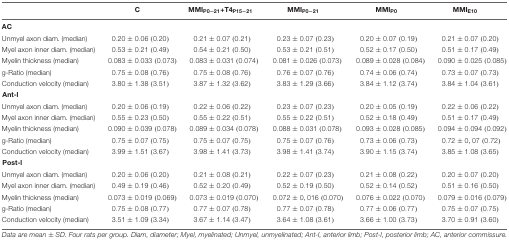
<table><thead><tr><td></td><td><b>C</b></td><td><b>MMI<sub>P0-21</sub>+T4<sub>P15-21</sub></b></td><td><b>MMI<sub>P0-21</sub></b></td><td><b>MMI<sub>P0</sub></b></td><td><b>MMI<sub>E10</sub></b></td></tr></thead><tbody><tr><td><b>AC</b></td><td></td><td></td><td></td><td></td><td></td></tr><tr><td>Unmyel axon diam. (median)</td><td>0.20 ± 0.06 (0.20)</td><td>0.21 ± 0.07 (0.21)</td><td>0.23 ± 0.07 (0.23)</td><td>0.20 ± 0.07 (0.19)</td><td>0.21 ± 0.07 (0.20)</td></tr><tr><td>Myel axon inner diam. (median)</td><td>0.53 ± 0.21 (0.49)</td><td>0.54 ± 0.21 (0.50)</td><td>0.53 ± 0.21 (0.51)</td><td>0.52 ± 0.17 (0.50)</td><td>0.51 ± 0.17 (0.49)</td></tr><tr><td>Myelin thickness (median)</td><td>0.083 ± 0.033 (0.073)</td><td>0.083 ± 0.031 (0.074)</td><td>0.081 ± 0.026 (0.073)</td><td>0.089 ± 0.028 (0.084)</td><td>0.090 ± 0.025 (0.085)</td></tr><tr><td>g-Ratio (median)</td><td>0.75 ± 0.08 (0.76)</td><td>0.75 ± 0.08 (0.76)</td><td>0.76 ± 0.07 (0.76)</td><td>0.74 ± 0.06 (0.74)</td><td>0.73 ± 0.07 (0.73)</td></tr><tr><td>Conduction velocity (median)</td><td>3.80 ± 1.38 (3.51)</td><td>3.87 ± 1.32 (3.62)</td><td>3.83 ± 1.29 (3.66)</td><td>3.84 ± 1.12 (3.74)</td><td>3.84 ± 1.04 (3.61)</td></tr><tr><td colspan="6"><b>Ant-l</b></td></tr><tr><td>Unmyel axon diam. (median)</td><td>0.20 ± 0.06 (0.19)</td><td>0.22 ± 0.06 (0.22)</td><td>0.23 ± 0.07 (0.23)</td><td>0.20 ± 0.05 (0.19)</td><td>0.22 ± 0.06 (0.22)</td></tr><tr><td>Myel axon inner diam. (median)</td><td>0.55 ± 0.23 (0.50)</td><td>0.55 ± 0.22 (0.51)</td><td>0.55 ± 0.22 (0.51)</td><td>0.52 ± 0.18 (0.49)</td><td>0.51 ± 0.17 (0.49)</td></tr><tr><td>Myelin thickness (median)</td><td>0.090 ± 0.039 (0.078)</td><td>0.089 ± 0.034 (0.078)</td><td>0.088 ± 0.031 (0.078)</td><td>0.093 ± 0.028 (0.085)</td><td>0.094 ± 0.094 (0.092)</td></tr><tr><td>g-Ratio (median)</td><td>0.75 ± 0.07 (0.75)</td><td>0.75 ± 0.07 (0.75)</td><td>0.75 ± 0.07 (0.76)</td><td>0.73 ± 0.06 (0.73)</td><td>0.72 ± 0,07 (0.72)</td></tr><tr><td>Conduction velocity (median)</td><td>3.99 ± 1.51 (3.67)</td><td>3.98 ± 1.41 (3.73)</td><td>3.98 ± 1.41 (3.74)</td><td>3.90 ± 1.15 (3.74)</td><td>3.85 ± 1.08 (3.65)</td></tr><tr><td colspan="6"><b>Post-l</b></td></tr><tr><td>Unmyel axon diam. (median)</td><td>0.20 ± 0.06 (0.20)</td><td>0.21 ± 0.08 (0.21)</td><td>0.22 ± 0.07 (0.23)</td><td>0.21 ± 0.08 (0.22)</td><td>0.20 ± 0.07 (0.20)</td></tr><tr><td>Myel axon inner diam. (median)</td><td>0.49 ± 0.19 (0.46)</td><td>0.52 ± 0.20 (0.49)</td><td>0.52 ± 0.19 (0.50)</td><td>0.52 ± 0.14 (0.52)</td><td>0.51 ± 0.16 (0.50)</td></tr><tr><td>Myelin thickness (median)</td><td>0.073 ± 0.019 (0.069)</td><td>0.073 ± 0.019 (0.070)</td><td>0.072 ± 0,016 (0.070)</td><td>0.076 ± 0.022 (0.070)</td><td>0.079 ± 0.016 (0.079)</td></tr><tr><td>g-Ratio (median)</td><td>0.75 ± 0.08 (0.77)</td><td>0.77 ± 0.07 (0.78)</td><td>0.77 ± 0.07 (0.78)</td><td>0.77 ± 0.06 (0.77)</td><td>0.75 ± 0.07 (0.75)</td></tr><tr><td>Conduction velocity (median)</td><td>3.51 ± 1.09 (3.34)</td><td>3.67 ± 1.14 (3.47)</td><td>3.64 ± 1.08 (3.61)</td><td>3.66 ± 1.00 (3.73)</td><td>3.70 ± 0.91 (3.60)</td></tr></tbody></table>